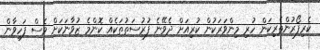
ކެރިފޯރުންތެރިކަން ހުރި މިންވަރަކުން ކުރިއަށް ދެވޭނެ ފުރުސަތުތަކެއް ކޮންމެ ޒުވާނަކަށް ވެސް ފަހިވާން